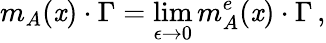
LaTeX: m_{A}(\mathit{x})\cdot\Gamma=\operatorname*{lim}_{\epsilon\to0}m_{A}^{e}(\mathit{x})\cdot\Gamma\, ,